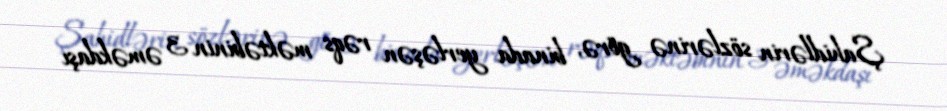
Şahidlərin sözlərinə görə, binada yerləşən rəqs məktəbinin 3 əməkdaşı